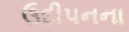
ઉદીપનના